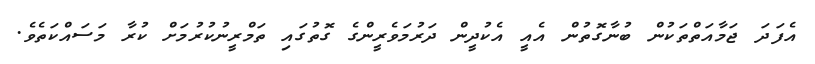
އެފަދަ ޖަމާއަތްތަކުން ބުނާގޮތުން އެއީ އެކުދީން ދަރުމަވެރީންގެ ގޮތުގައި ތަމްރީނުކުރުމަށް ކުރާ މަސައްކަތެވެ.